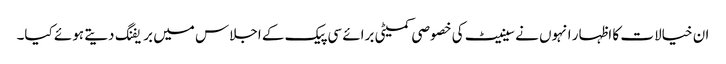
ان خیالات کا اظہار انہوں نے سینیٹ کی خصوصی کمیٹی برائے سی پیک کے اجلاس میں بریفنگ دیتے ہوئے کیا۔